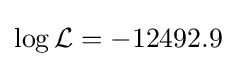
\log {\mathcal {L}}=-12492.9